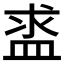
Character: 盚